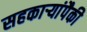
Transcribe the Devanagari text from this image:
सहकार्‍यांपैकी